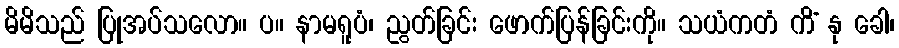
မိမိသည် ပြုအပ်သလော။ ပ။ နာမရူပံ၊ ညွတ်ခြင်း ဖောက်ပြန်ခြင်းကို။ သယံကတံ ကိံ နု ခေါ၊